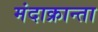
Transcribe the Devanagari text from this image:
मंदाक्रान्ता